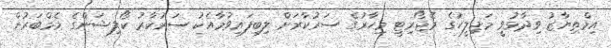
އިމްތިޔާޒު ވިދާޅުވީ މަޖިލީހުގެ މެޖޯރިޓީ މިހާރުގެ ސަރުކާރަށް ލިބިފައިވުމާއެކު ސަރުކާރު ކޯލިޝަންގެ މެމްބަރުން